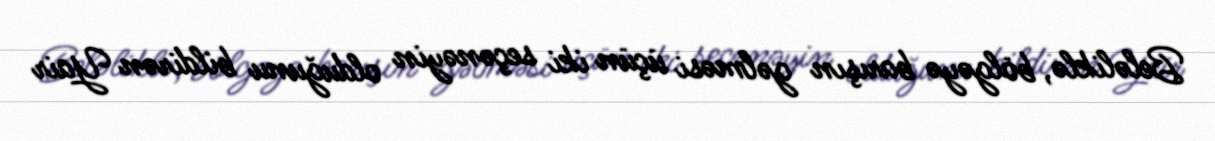
Beləliklə, bölgəyə barışın gəlməsi üçün iki seçənəyin olduğunu bildirən Yair